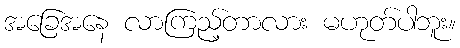
အခြေအနေ လာကြည့်တာလား မဟုတ်ပါဘူး။